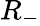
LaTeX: R_{-}